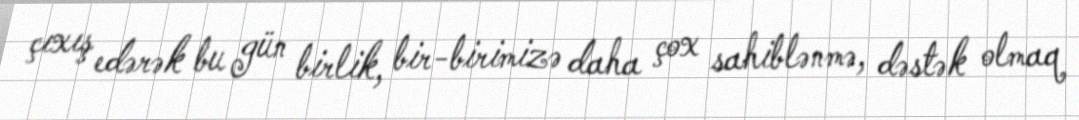
çıxış edərək bu gün birlik, bir-birimizə daha çox sahiblənmə, dəstək olmaq